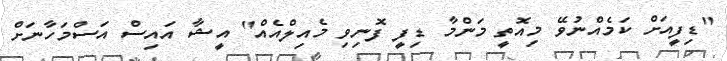
"ޑިފީއަށް ކަމެއްނުވޭ މިއޮތީ މަންމާ ޑިފީ ފޮނިވި މެއިލްއެއް" އީޝާ އައިސް އަސްމަހާނަށް